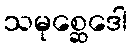
သမုစ္ဆေဒေါ